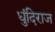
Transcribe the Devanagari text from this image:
धुंदिराज